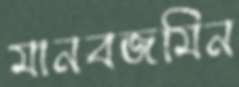
মানবজমিন